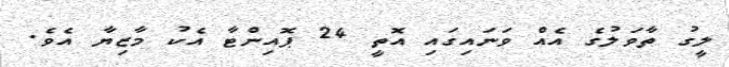
ލީގު ތާވަލުގެ އެއް ވަނައިގައި އޮތީ 24 ޕޮއިންޓާ އެކު މާޒިޔާ އެވެ.